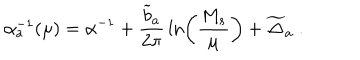
\alpha _ { a } ^ { - 1 } ( \mu ) = \alpha ^ { - 1 } + { \frac { { \widetilde b } _ { a } } { 2 \pi } } \ln \left( { \frac { M _ { s } } { \mu } } \right) + { \widetilde \Delta } _ { a } ~ .